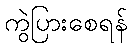
ကွဲပြားစေရန်